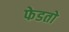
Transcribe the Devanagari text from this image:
फेडतो